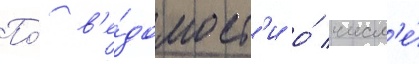
По́ в'е́домост'и о́ числ'е́